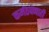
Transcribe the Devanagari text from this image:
कर्मठपणाही